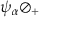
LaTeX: \psi _ { \alpha } \oslash _ { + }